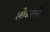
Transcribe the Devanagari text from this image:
लोकलने